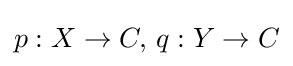
p:X\to C,\,q:Y\to C